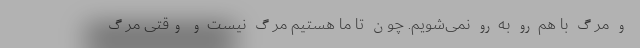
و مرگ با هم رو به رو نمی‌شویم. چون تا ما هستیم مرگ نیست و وقتی مرگ